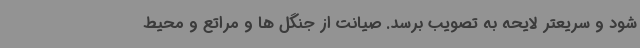
شود و سریعتر لایحه به تصویب برسد. صیانت از جنگل ها و مراتع و محیط